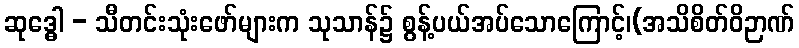
ဆုဒ္ဓေါ - သီတင်းသုံးဖော်များက သုသာန်၌ စွန့်ပယ်အပ်သောကြောင့်၊(အသိစိတ်ဝိဉာဏ်